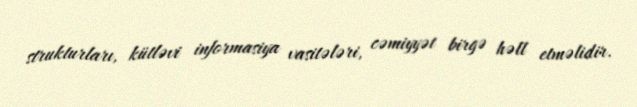
strukturları, kütləvi informasiya vasitələri, cəmiyyət birgə həll etməlidir.